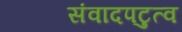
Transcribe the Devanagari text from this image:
संवादपटुत्व